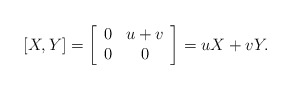
\begin{align*}[X,Y] = \left[\begin{array}{cc}0 & u+v\\ 0 & 0\end{array}\right] = u X + v Y.\end{align*}